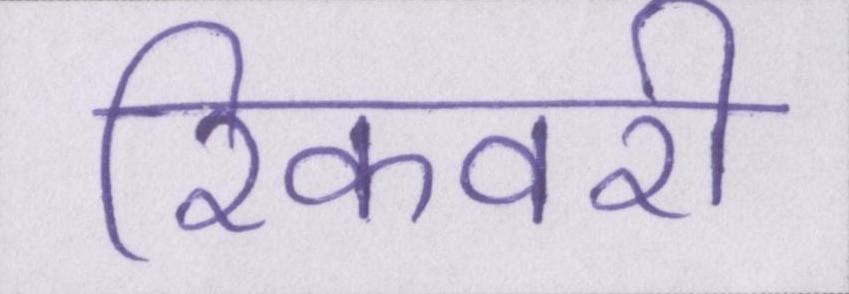
रिकवरी